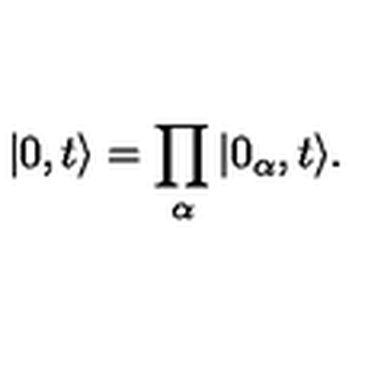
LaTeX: \vert 0 , t \rangle = \prod _ { \alpha } \vert 0 _ { \alpha } , t \rangle .